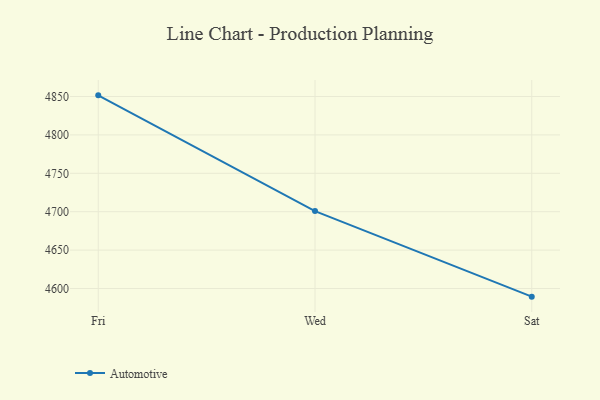
{"axis": {"x": "Day", "y": "Headcount"}, "legend": ["Automotive"], "data": [{"x": "Fri", "y": 4851.5, "type": "Automotive"}, {"x": "Wed", "y": 4700.8, "type": "Automotive"}, {"x": "Sat", "y": 4589.4, "type": "Automotive"}]}